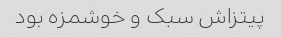
پیتزاش سبک و خوشمزه بود